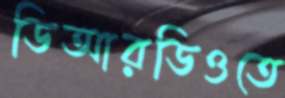
ডিআরডিওতে